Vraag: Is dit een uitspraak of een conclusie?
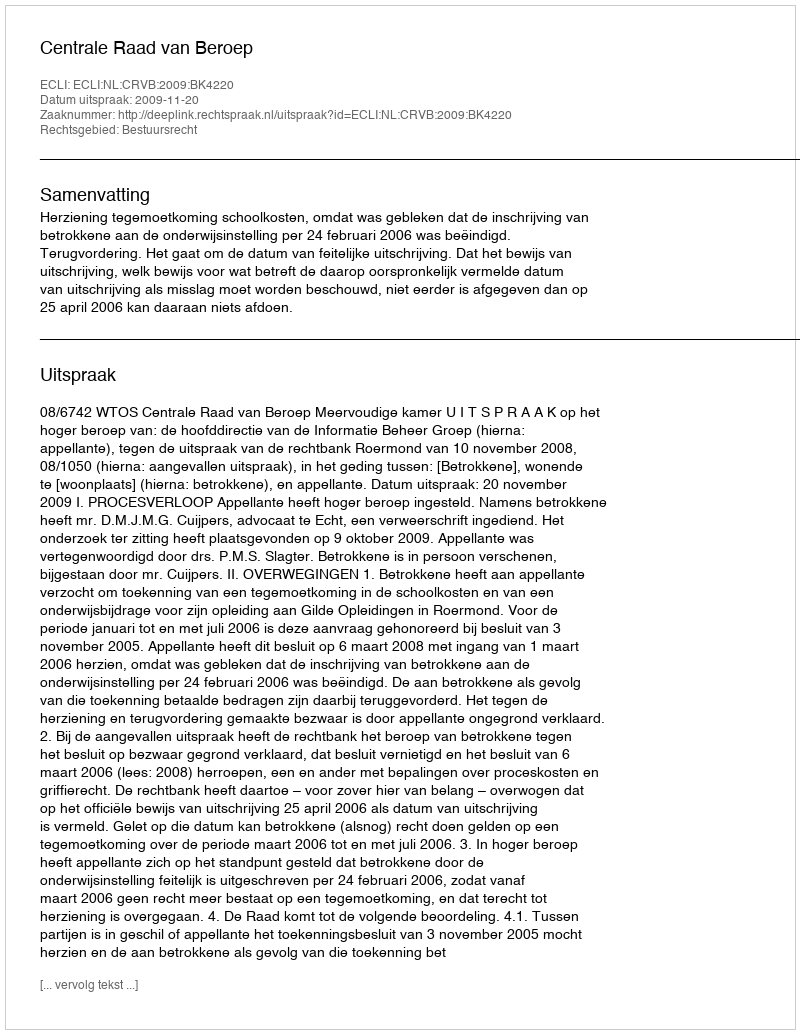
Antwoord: Uitspraak